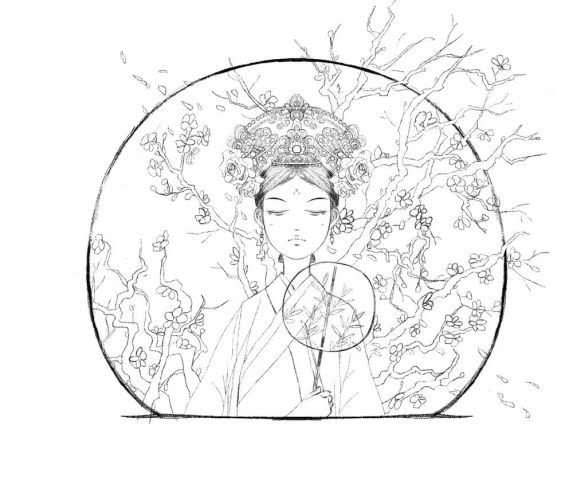
不知何日始工愁。记取那回花下一低头。